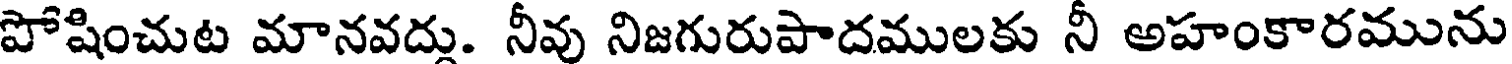
పోషించుట మానవద్లు. నీవు నిజగురుపాదములకు నీ అహంకారమును